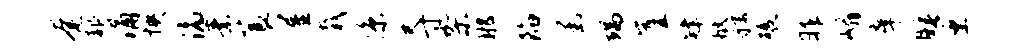
奄赧涌怏滴素蓑屋栽凉尺寸架那陷函端崖肄狱虢碾昨嵋庠睡厘